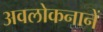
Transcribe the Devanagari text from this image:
अवलोकनानें